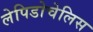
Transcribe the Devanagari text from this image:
लेपिडोचेलिस